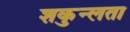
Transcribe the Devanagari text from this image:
शकुन्‍लता